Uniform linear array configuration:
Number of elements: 64
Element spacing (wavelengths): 0.5
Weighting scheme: kaiser
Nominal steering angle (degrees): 60
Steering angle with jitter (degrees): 58.279
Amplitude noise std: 0.05
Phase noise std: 0.05

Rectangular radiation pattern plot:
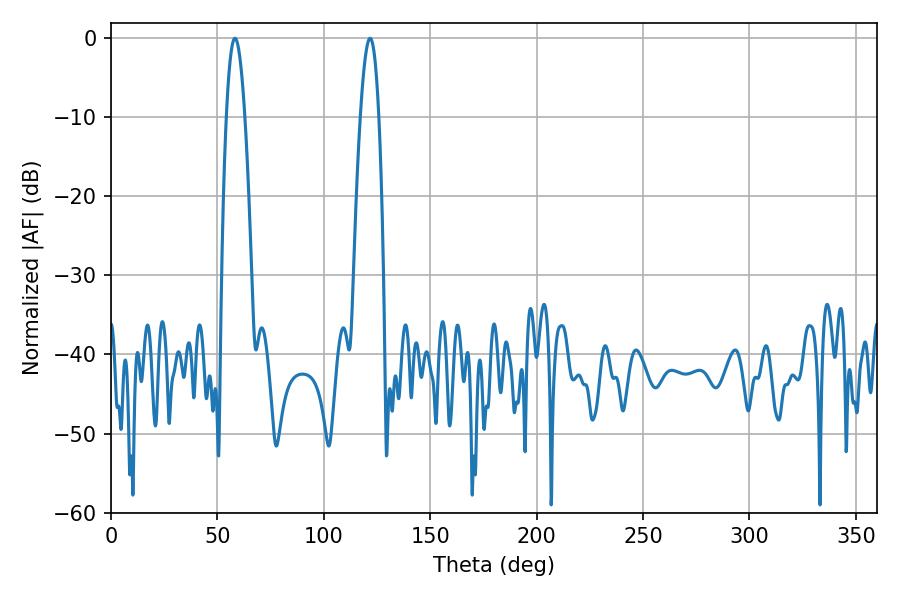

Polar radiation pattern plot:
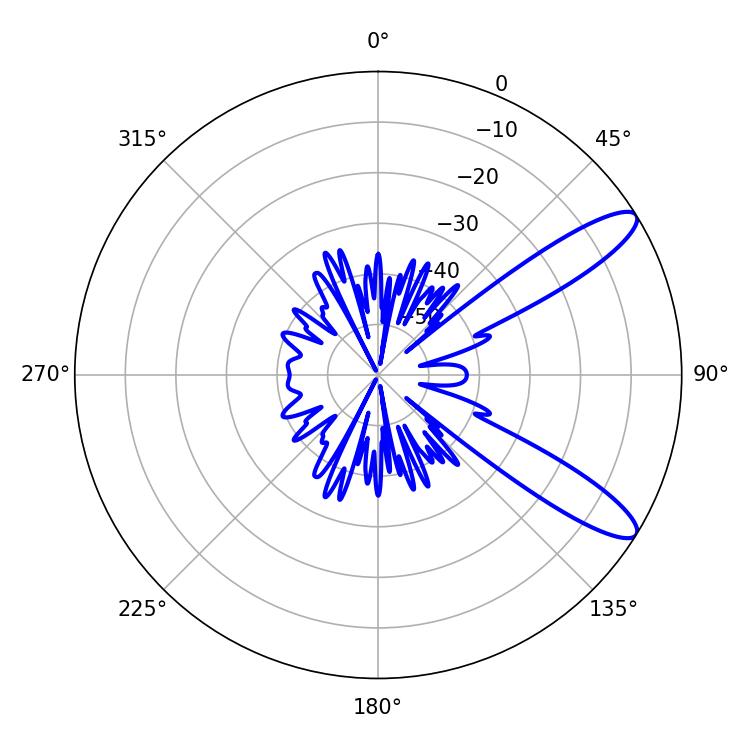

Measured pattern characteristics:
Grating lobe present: FALSE
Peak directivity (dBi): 11.145
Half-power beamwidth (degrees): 4.68
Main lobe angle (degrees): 58.32